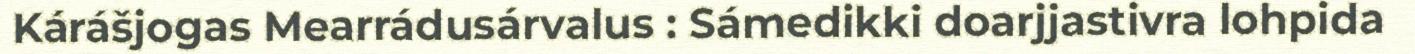
Kárášjogas Mearrádusárvalus : Sámedikki doarjjastivra lohpida